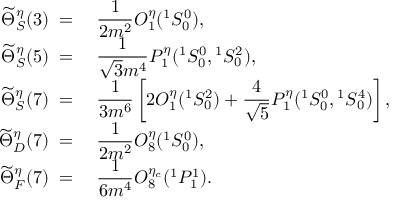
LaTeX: \begin{array} { r l } { { \widetilde \Theta _ { S } ^ { \eta } ( 3 ) \; = \; } } & { { { \displaystyle { \frac { 1 } { 2 m ^ { 2 } } } } { \cal O } _ { 1 } ^ { \eta } ( { } ^ { 1 } S _ { 0 } ^ { 0 } ) , } } \\ { { \widetilde \Theta _ { S } ^ { \eta } ( 5 ) \; = \; } } & { { { \displaystyle { \frac { 1 } { \sqrt 3 m ^ { 4 } } } } { \cal P } _ { 1 } ^ { \eta } ( { } ^ { 1 } S _ { 0 } ^ { 0 } , { } ^ { 1 } S _ { 0 } ^ { 2 } ) , } } \\ { { \widetilde \Theta _ { S } ^ { \eta } ( 7 ) \; = \; } } & { { { \displaystyle { \frac { 1 } { 3 m ^ { 6 } } } } \left[ 2 { \cal O } _ { 1 } ^ { \eta } ( { } ^ { 1 } S _ { 0 } ^ { 2 } ) + \displaystyle { \frac { 4 } { \sqrt 5 } } { \cal P } _ { 1 } ^ { \eta } ( { } ^ { 1 } S _ { 0 } ^ { 0 } , { } ^ { 1 } S _ { 0 } ^ { 4 } ) \right] , } } \\ { { \widetilde \Theta _ { D } ^ { \eta } ( 7 ) \; = \; } } & { { { \displaystyle { \frac { 1 } { 2 m ^ { 2 } } } } { \cal O } _ { 8 } ^ { \eta } ( { } ^ { 1 } S _ { 0 } ^ { 0 } ) , } } \\ { { \widetilde \Theta _ { F } ^ { \eta } ( 7 ) \; = \; } } & { { \displaystyle { \frac { 1 } { 6 m ^ { 4 } } } { \cal O } _ { 8 } ^ { \eta _ { c } } ( { } ^ { 1 } P _ { 1 } ^ { 1 } ) . } } \end{array}